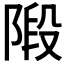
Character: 𨺣